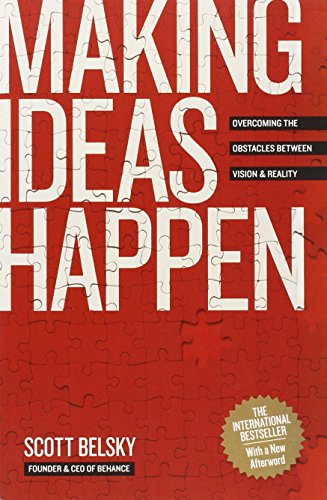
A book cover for Making Ideas Happen: Overcoming the Obstacles Between Vision and Reality; Scott Belsky; Business & Money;